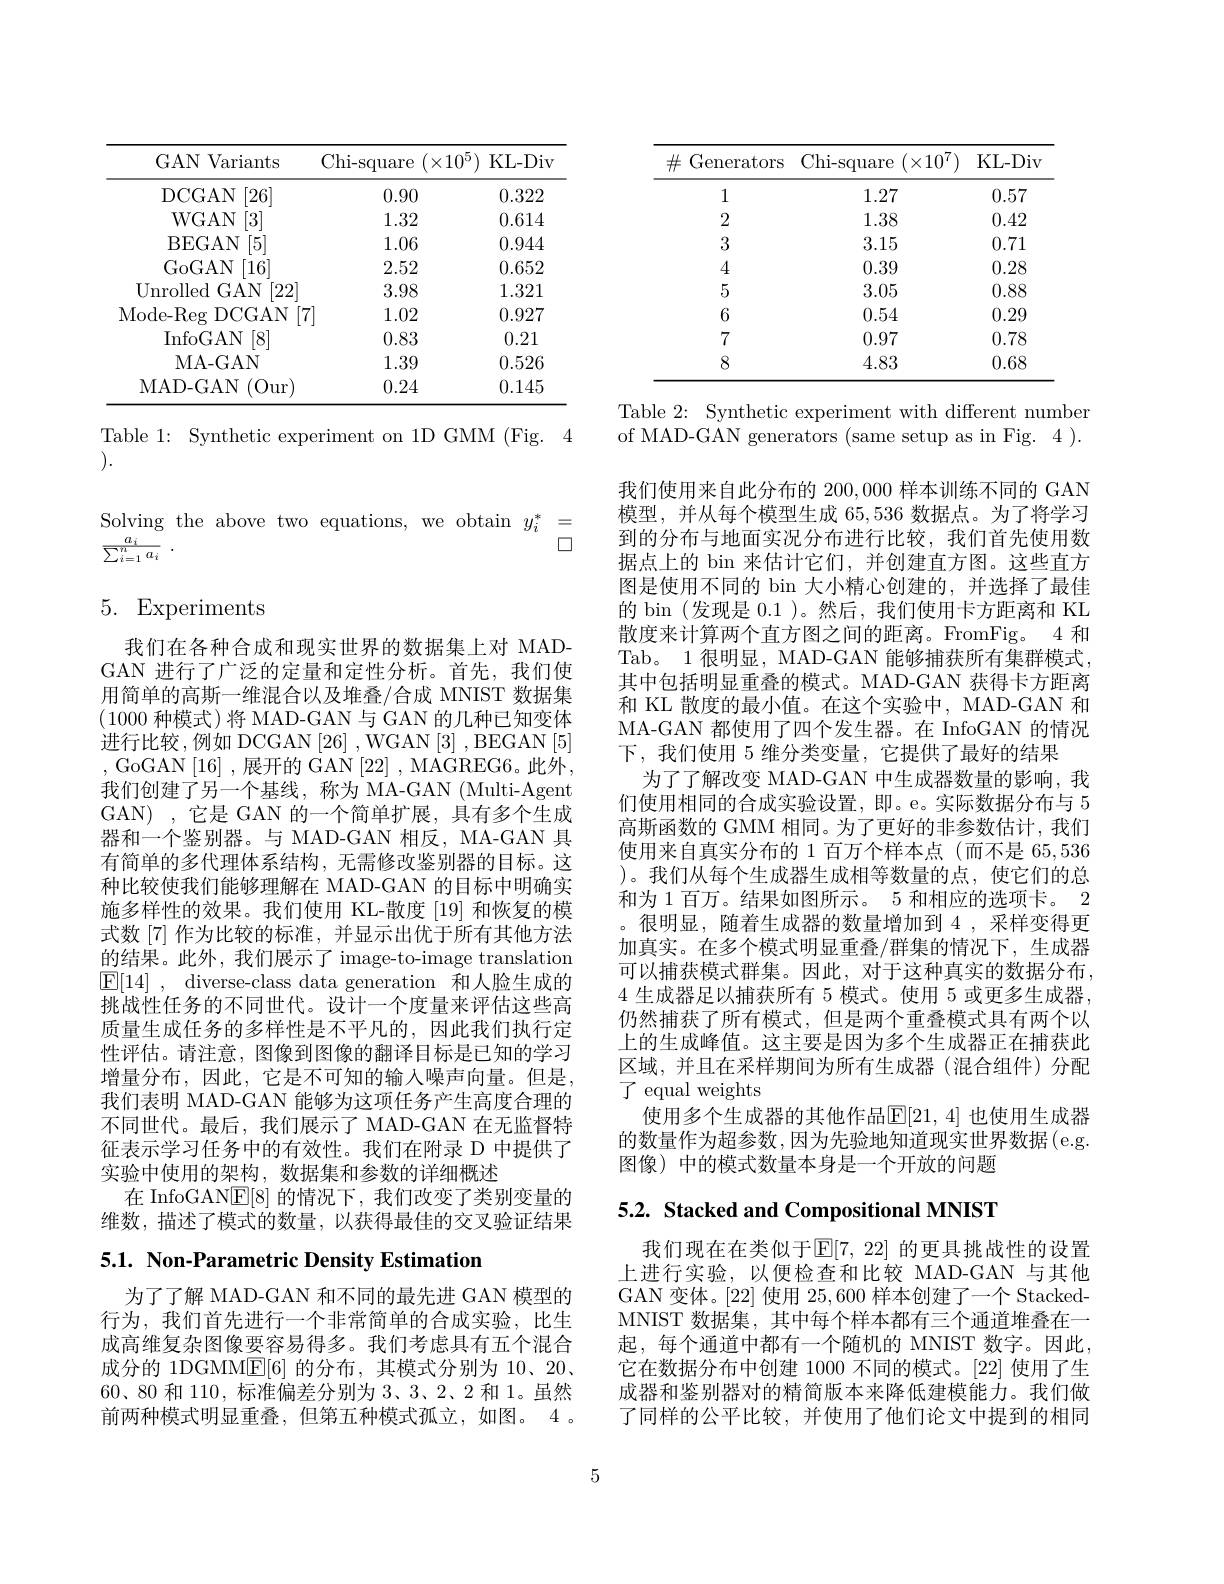
<table>
	<tbody>
		<tr>
			<th>GAN Variants</th>
			<th>Chi-square $(\times1$</th>
			<th>$0^5)$ KL- Div</th>
		</tr>
		<tr>
			<td>DCGAN [26]</td>
			<td>0.90</td>
			<td>0.322</td>
		</tr>
		<tr>
			<td>WGAN $\left[3\right]$</td>
			<td>1.32</td>
			<td>0.614</td>
		</tr>
		<tr>
			<td>BEGAN [5]</td>
			<td>1.06</td>
			<td>0.944</td>
		</tr>
		<tr>
			<td>GoGAN [16]</td>
			<td>2.52</td>
			<td>0.652</td>
		</tr>
		<tr>
			<td>Unrolled ( GAN [22]</td>
			<td>3.98</td>
			<td>1.321</td>
		</tr>
		<tr>
			<td>Mode- Reg DCGAN 1</td>
			<td>71 1.02</td>
			<td>0.927</td>
		</tr>
		<tr>
			<td>InfoGAN [8]</td>
			<td>0.83</td>
			<td>0.21</td>
		</tr>
		<tr>
			<td>MA- GAN</td>
			<td>1.39</td>
			<td>0.526</td>
		</tr>
		<tr>
			<td>MAD-GAN (Our)</td>
			<td>0.24</td>
			<td>0.145</td>
		</tr>
	</tbody>
</table>

Table 1: Synthetic experiment on 1D GMM (Fig. 4
).

Solving the above two equations, we obtain $y_i^*=$
口
$\frac {a_i}{\sum _{i= 1}^na_i}$ .

# 5. Experiments

我们在各种合成和现实世界的数据集上对 MADGAN 进行了广泛的定量和定性分析。首先，我们使用简单的高斯一维混合以及堆叠/合成 MNIST 数据集(1000种模式)将 MAD-GAN 与 GAN 的几种已知变体进行比较，例如 DCGAN[26] , WGAN[3] , BEGAN [5] , GoGAN [16] , 展开的 GAN [22] , MAGREG6。此外， 我们创建了另一个基线，称为 MA-GAN (Multi-Agent GAN),它是 GAN 的一个简单扩展，具有多个生成器和一个鉴别器。与 MAD-GAN 相反，MA-GAN 具有简单的多代理体系结构，无需修改鉴别器的目标。这种比较使我们能够理解在 MAD-GAN 的目标中明确实施多样性的效果。我们使用 KL-散度 [19] 和恢复的模式数[7]作为比较的标准，并显示出优于所有其他方法的结果。此外，我们展示了 image-to-image translation ${\underline {{\mathrm{E} }}}[ 14]$ , ${\mathrm{diverse- class~data~generation~和 人 脸 生 成 的 }}$ 挑战性任务的不同世代。设计一个度量来评估这些高质量生成任务的多样性是不平凡的，因此我们执行定性评估。请注意，图像到图像的翻译目标是已知的学习增量分布，因此，它是不可知的输入噪声向量。但是， 我们表明 MAD-GAN 能够为这项任务产生高度合理的不同世代。最后，我们展示了 MAD-GAN 在无监督特征表示学习任务中的有效性。我们在附录 D 中提供了实验中使用的架构，数据集和参数的详细概述
在 InfoGAN$\mathbb{E}[8]$的情况下，我们改变了类别变量的维数，描述了模式的数量，以获得最佳的交叉验证结果

5.1. Non-Parametric Density Estimation

为了了解 MAD-GAN 和不同的最先进 GAN 模型的行为，我们首先进行一个非常简单的合成实验，比生成高维复杂图像要容易得多。我们考虑具有五个混合成分的 1DGMM$\underline{\mathrm{E}}[6]$的分布，其模式分别为 10、20、 60、80 和 110, 标准偏差分别为 3、3、2、2 和 1。虽然前两种模式明显重叠，但第五种模式孤立，如图。4 。

<table>
	<tbody>
		<tr>
			<th>$\#$ Generators</th>
			<th>Chi-square $(\times10^{7}$</th>
			<th>KL- Div</th>
		</tr>
		<tr>
			<td>1</td>
			<td>1.27</td>
			<td>0.57</td>
		</tr>
		<tr>
			<td>2</td>
			<td>1.38</td>
			<td>0.42</td>
		</tr>
		<tr>
			<td>3</td>
			<td>3.15</td>
			<td>0.71</td>
		</tr>
		<tr>
			<td>4</td>
			<td>0.39</td>
			<td>0.28</td>
		</tr>
		<tr>
			<td>5</td>
			<td>3.05</td>
			<td>0.88</td>
		</tr>
		<tr>
			<td>6</td>
			<td>0.54</td>
			<td>0.29</td>
		</tr>
		<tr>
			<td>7</td>
			<td>0.97</td>
			<td>0.78</td>
		</tr>
		<tr>
			<td>8</td>
			<td>4.83</td>
			<td>0.68</td>
		</tr>
	</tbody>
</table>

Table 2: Synthetic experiment with different number of MAD-GAN generators (same setup as in Fig. 4 ).

我们使用来自此分布的 200,000 样本训练不同的 GAN 模型，并从每个模型生成 65,536 数据点。为了将学习到的分布与地面实况分布进行比较，我们首先使用数据点上的 bin 来估计它们，并创建直方图。这些直方图是使用不同的 bin 大小精心创建的，并选择了最佳的 bin (发现是 0.1 )。然后，我们使用卡方距离和 KL 散度来计算两个直方图之间的距离。FromFig。4 和Tab。1 很明显，MAD-GAN 能够捕获所有集群模式， 其中包括明显重叠的模式。MAD-GAN 获得卡方距离和 KL 散度的最小值。在这个实验中，MAD-GAN 和MA-GAN 都使用了四个发生器。在 InfoGAN 的情况下，我们使用 5 维分类变量，它提供了最好的结果
为了了解改变 MAD-GAN 中生成器数量的影响，我们使用相同的合成实验设置，即。e。实际数据分布与 5高斯函数的 GMM 相同。为了更好的非参数估计，我们使用来自真实分布的 1 百万个样本点 (而不是 65,536 )。我们从每个生成器生成相等数量的点，使它们的总和为 1 百万。结果如图所示。5 和相应的选项卡。2 。很明显，随着生成器的数量增加到4，采样变得更加真实。在多个模式明显重叠/群集的情况下，生成器可以捕获模式群集。因此，对于这种真实的数据分布， 4生成器足以捕获所有 5 模式。使用 5 或更多生成器， 仍然捕获了所有模式，但是两个重叠模式具有两个以上的生成峰值。这主要是因为多个生成器正在捕获此区域，并且在采样期间为所有生成器(混合组件)分配了 equal weights
使用多个生成器的其他作品$\mathbb{E}[21,4]$ 也使用生成器的数量作为超参数，因为先验地知道现实世界数据(e.g. 图像) 中的模式数量本身是一个开放的问题

# 5.2. Stacked and Compositional MNIST

我们现在在类似于$\mathbb{E}[7,22]$ 的更具挑战性的设置上进行实验，以便检查和比较 MAD-GAN 与其他GAN 变体。[22] 使用25，600样本创建了一个 StackedMNIST 数据集，其中每个样本都有三个通道堆叠在一起，每个通道中都有一个随机的 MNIST 数字。因此， 它在数据分布中创建 1000 不同的模式。[22] 使用了生成器和鉴别器对的精简版本来降低建模能力。我们做了同样的公平比较，并使用了他们论文中提到的相同

5